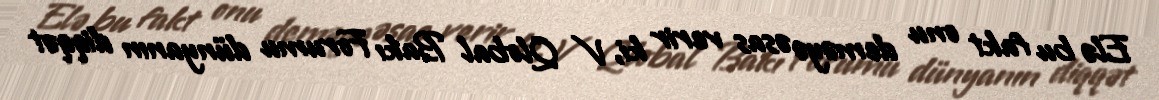
Elə bu fakt onu deməyə əsas verir ki, V Qlobal Bakı Forumu dünyanın diqqət